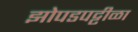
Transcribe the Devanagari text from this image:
झोपडपट्टीळा